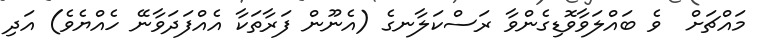
މައްޗަށް  ވެ ބައްލަވާވޮޑިގެންވާ ރަސްކަލާނގެ (އެނޫން ފަރާތަކާ އެއްފަދަވާނޭ ހެއްޔެވެ) އަދި